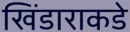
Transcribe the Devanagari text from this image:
खिंडाराकडे